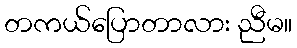
တကယ်ပြောတာလား ညီမ။